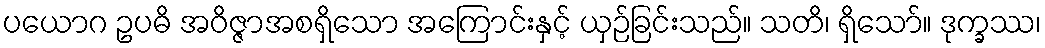
ပယောဂ ဥပဓိ အဝိဇ္ဇာအစရှိသော အကြောင်းနှင့် ယှဉ်ခြင်းသည်။ သတိ၊ ရှိသော်။ ဒုက္ခဿ၊